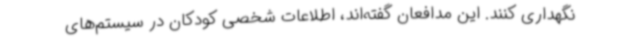
نگهداری کنند. این مدافعان گفته‌اند، اطلاعات شخصی کودکان در سیستم‌های